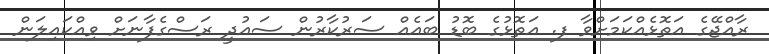
ރާއްޖޭގެ އަތޮޅެއްކަމަށްވާ ފ. އަތޮޅުގެ ބޮޑު ބައެއް ސަރުކާރުން ސައުދީ ރަސްގެފާނަށް ވިއްކައިލަން